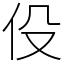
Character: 伇